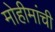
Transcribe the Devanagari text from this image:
मोहीमांची